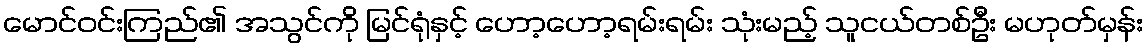
မောင်ဝင်းကြည်၏ အသွင်ကို မြင်ရုံနှင့် ဟော့ဟော့ရမ်းရမ်း သုံးမည့် သူငယ်တစ်ဦး မဟုတ်မှန်း